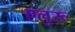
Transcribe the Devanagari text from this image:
एलुरू